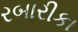
રબારીકા